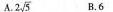
A .2 \sqrt{5} B.6